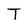
Character: T